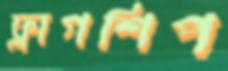
ফ্লাগশিপ